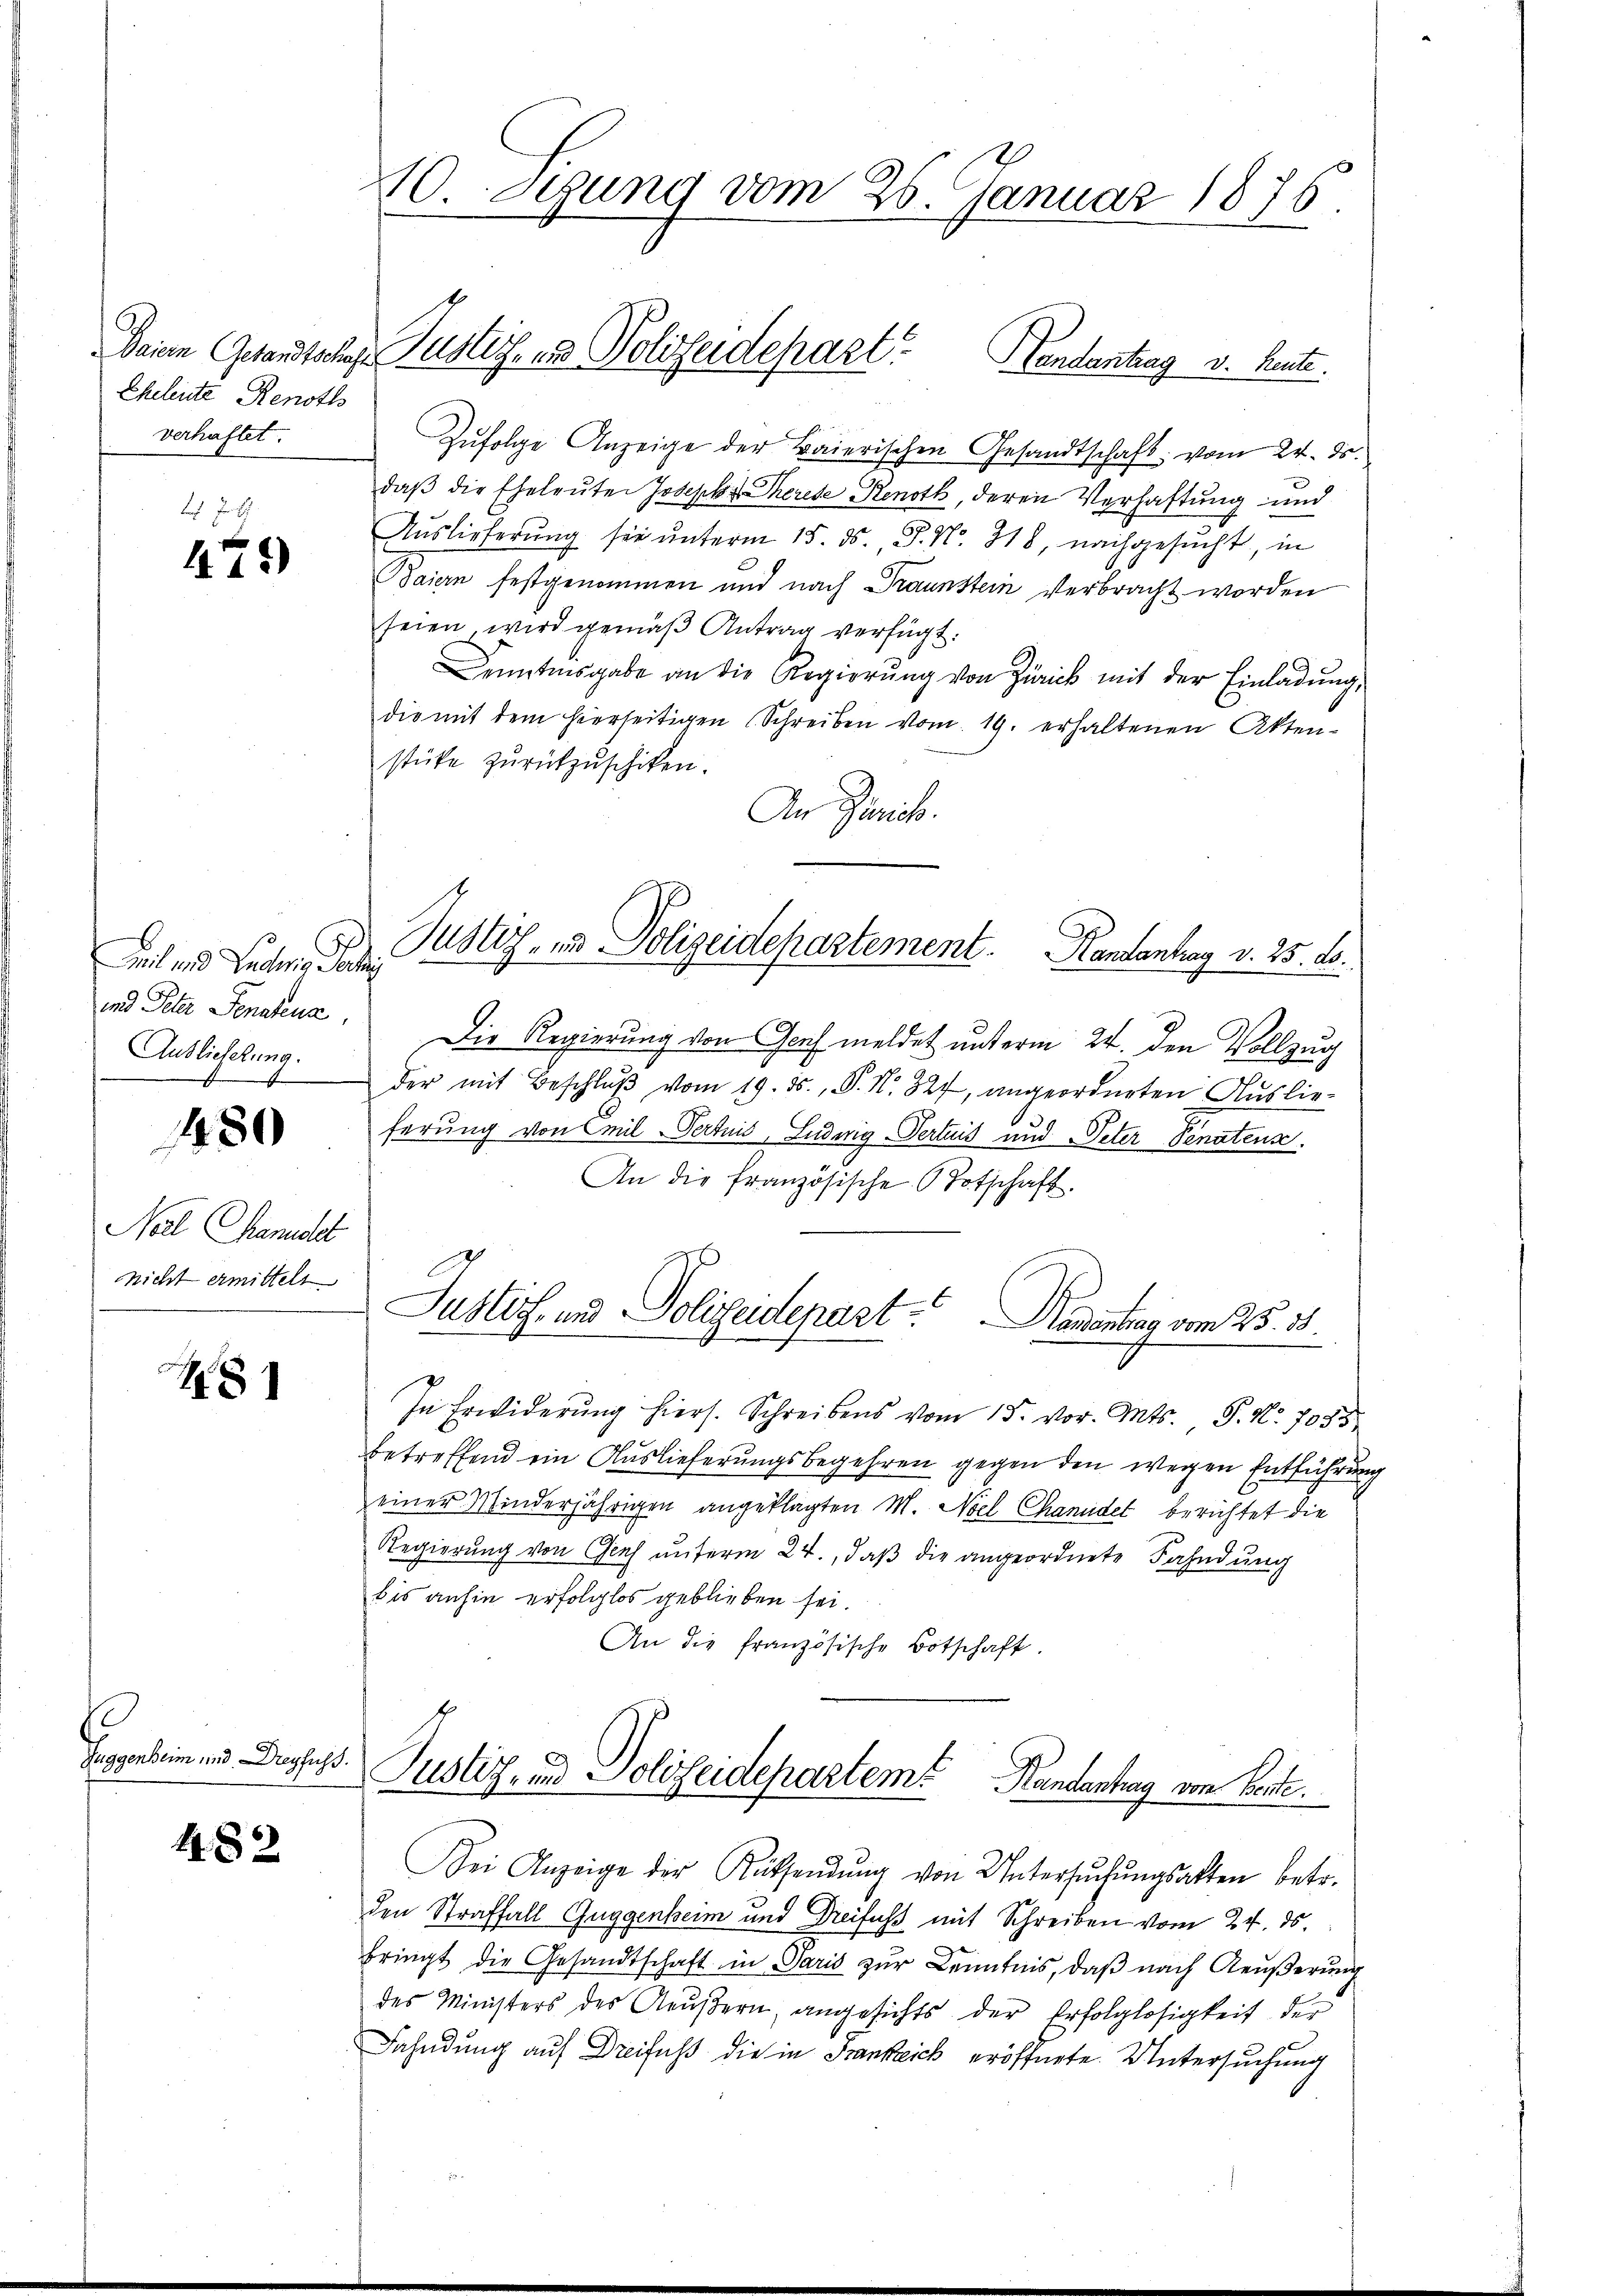
Eheleute Renoths
verhaftet.

4 J.
479)

eit und Buchen Sache
Auslieferung.

480

Noel handlet
nicht ermittelt

8

Zuggenheim und Dreyfus¬

482

10. Stung vom 26. Januar 1876.

Deine Gesandtschaft Zustiz- und Polizeidepart. Handentrag v. heute.

Zufolge Anzeige der Baierischen Gesandtschaft vom 24. d.
daβ die Eheleuter Joseph Therede Renoth, deren Verhaftung und
Auslieferung sie unterm 15. ds., P. Nr. 318, nachgesucht, in
Baiern festgenommen und nach Braunstein verbracht worden
seien wird gemäβ Antrag verfügt:
Dentisgabe an die Regierŭng von Zürick mit der Einladung,
die mit dem hierseitigen (Schreiben vom 19. erhaltenen Aktenstüke zŭrückzŭschiken.
An Zürich.
und Peter Senatena. Die Regierung von Genf meldet unterm 24. den Vollzug
der mit Beschlŭβ vom 19. ds., P. Nr. 327, angeordneten Auslieferung von Emil-Pertuis, Ludwig-Pertuis und Peter Senatens.
An die französische Botschaft.
Justiz- und Polizeidepart. Namentrag vom 25. 31.
In Erwiderŭng hiers. Schreibens vom 15. vor. Mts. S. Nr. 7085
betreffend ein Auslieferungsbegehren gegen den wegen Entführung
einer Minderjährigen angeklagten M. Nel Chanudel berichtet die
Regierung von Genf unterm 24., daß die angeordnete Fahndung
bis anhin erfolglos geblieben sei.
An die französische Botschaft.
Justiz- und Polizeidepartem Handentrag von Bente.
Bei Anzeige der Rücksendŭng von Untersŭchŭngsakten betr.
den Straffall Guggenheim und Dreifuss mit Schreiben vom 24. ds.
bringt die Gesandtschaft in Paris zur Kenntnis, daß nach Aeußerung
des Ministers des Aeußern, angesichts der Erfolglosigkeit der
Fahndung auf Dreifuß die in Frankreich eröffnete. Untersuchung

Justiz- und Polizeidepartement. Kantantrag v. 25. ds.

.